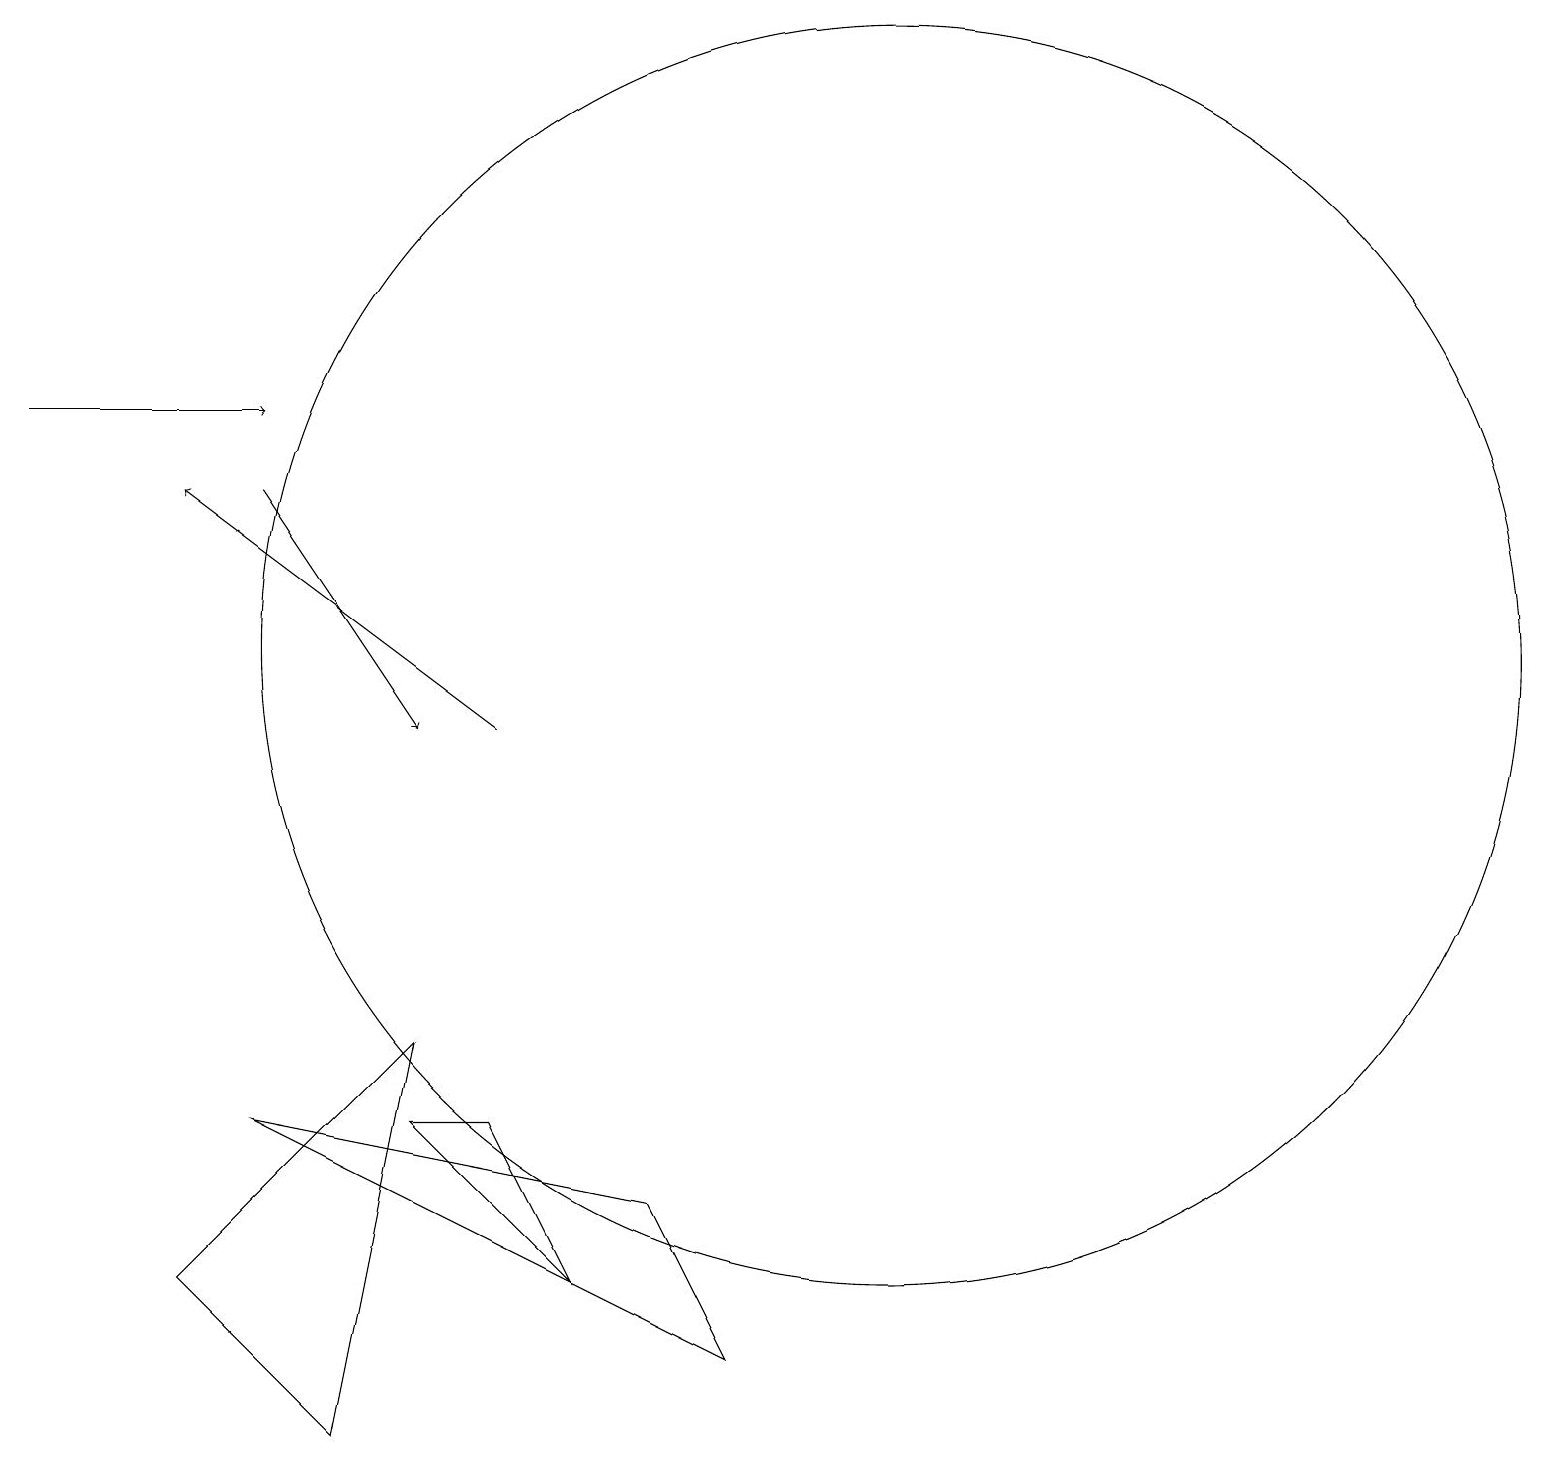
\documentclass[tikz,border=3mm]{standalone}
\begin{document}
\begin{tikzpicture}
\draw[->] (0,14) -- (3,14);
\draw[->] (3,13) -- (5,10);
\draw (4,1) -- (5,6) -- (2,3) -- cycle;
\draw[->] (6,10) -- (2,13);
\draw (11,11) circle (8);
\draw (9,2) -- (3,5) -- (8,4) -- cycle;
\draw (5,5) -- (6,5) -- (7,3) -- cycle;
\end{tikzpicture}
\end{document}